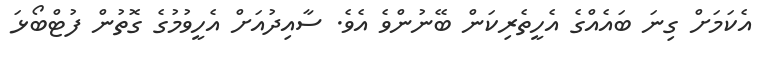
އެކަމަށް ގިނަ ބައެއްގެ އެހީތެރިކަން ބޭނުންވެ އެވެ. ސާއިދުއަށް އެހީވުމުގެ ގޮތުން ފުޓްބޯޅަ